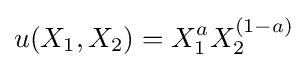
u(X_{1},X_{2})=X_{1}^{a}X_{2}^{(1-a)}